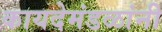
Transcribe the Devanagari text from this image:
कायदेमंडळांनी